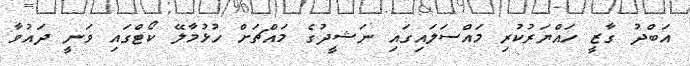
އަބްދު ގާޒީ ހައްޔަރުކުރި މައްސަލައިގައި ނަޝީދުގެ މައްޗަށް ހުޅުމާލޭ ކޯޓްގައި ވަނީ ދައުވާ